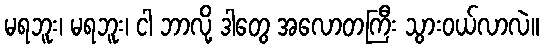
မရဘူး၊ မရဘူး၊ ငါ ဘာလို့ ဒါတွေ အလောတကြီး သွားဝယ်လာလဲ။